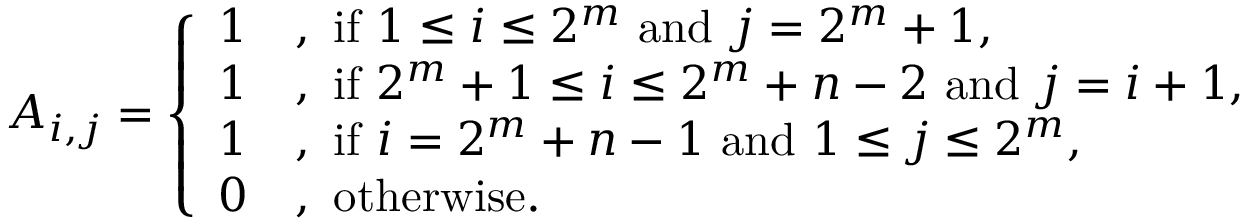
A _ { i , j } = \left\{ \begin{array} { l l } { 1 } & { \mathrm { , ~ i f ~ } 1 \leq i \leq 2 ^ { m } \mathrm { ~ a n d ~ } j = 2 ^ { m } + 1 , } \\ { 1 } & { \mathrm { , ~ i f ~ } 2 ^ { m } + 1 \leq i \leq 2 ^ { m } + n - 2 \mathrm { ~ a n d ~ } j = i + 1 , } \\ { 1 } & { \mathrm { , ~ i f ~ } i = 2 ^ { m } + n - 1 \mathrm { ~ a n d ~ } 1 \leq j \leq 2 ^ { m } , } \\ { 0 } & { \mathrm { , ~ o t h e r w i s e . } } \end{array} \right.